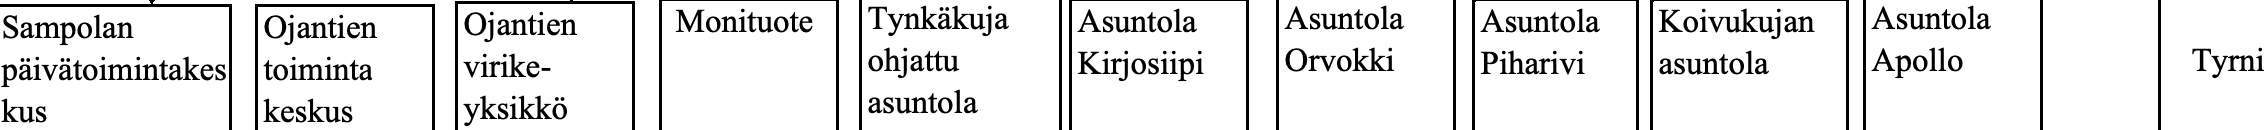
Sampolan Ojantien Ojantien Monituote Tynkäkuja Asuntola Asuntola Asuntola Koivukujan Asuntola päivätoimintakes toiminta virike- ohjattu Kirjosiipi Orvokki Piharivi asuntola Apollo Tyrni kus     keskus yksikkö      asuntola